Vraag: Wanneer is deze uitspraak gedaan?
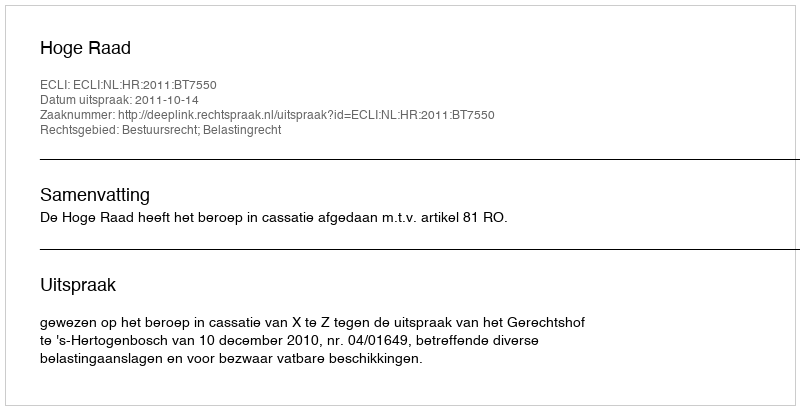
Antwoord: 2011-10-14